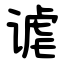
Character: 谑